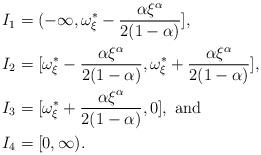
LaTeX: \begin{align*}I_1 & = (-\infty, \omega_{\xi}^{\ast} - \frac{\alpha \xi^{\alpha}}{2(1 - \alpha)}], \\I_2 & = [\omega_{\xi}^{\ast} - \frac{\alpha \xi^{\alpha}}{2(1 - \alpha)}, \omega_{\xi}^{\ast} + \frac{\alpha \xi^{\alpha}}{2(1 - \alpha)}],\\I_3 & = [\omega_{\xi}^{\ast} + \frac{\alpha \xi^{\alpha}}{2(1 - \alpha)}, 0], \mbox{ and } \\I_4 & = [0, \infty).\end{align*}